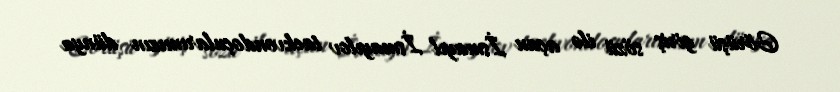
Görüşü giriş sözü ilə açan İsmayıl İsmayılov taekvondoçularımızın dünya